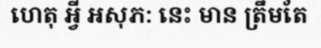
ហេតុ អ្វី អសុភ: នេះ មាន ត្រឹមតែ